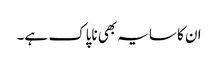
ان کا سایہ بھی ناپاک ہے۔